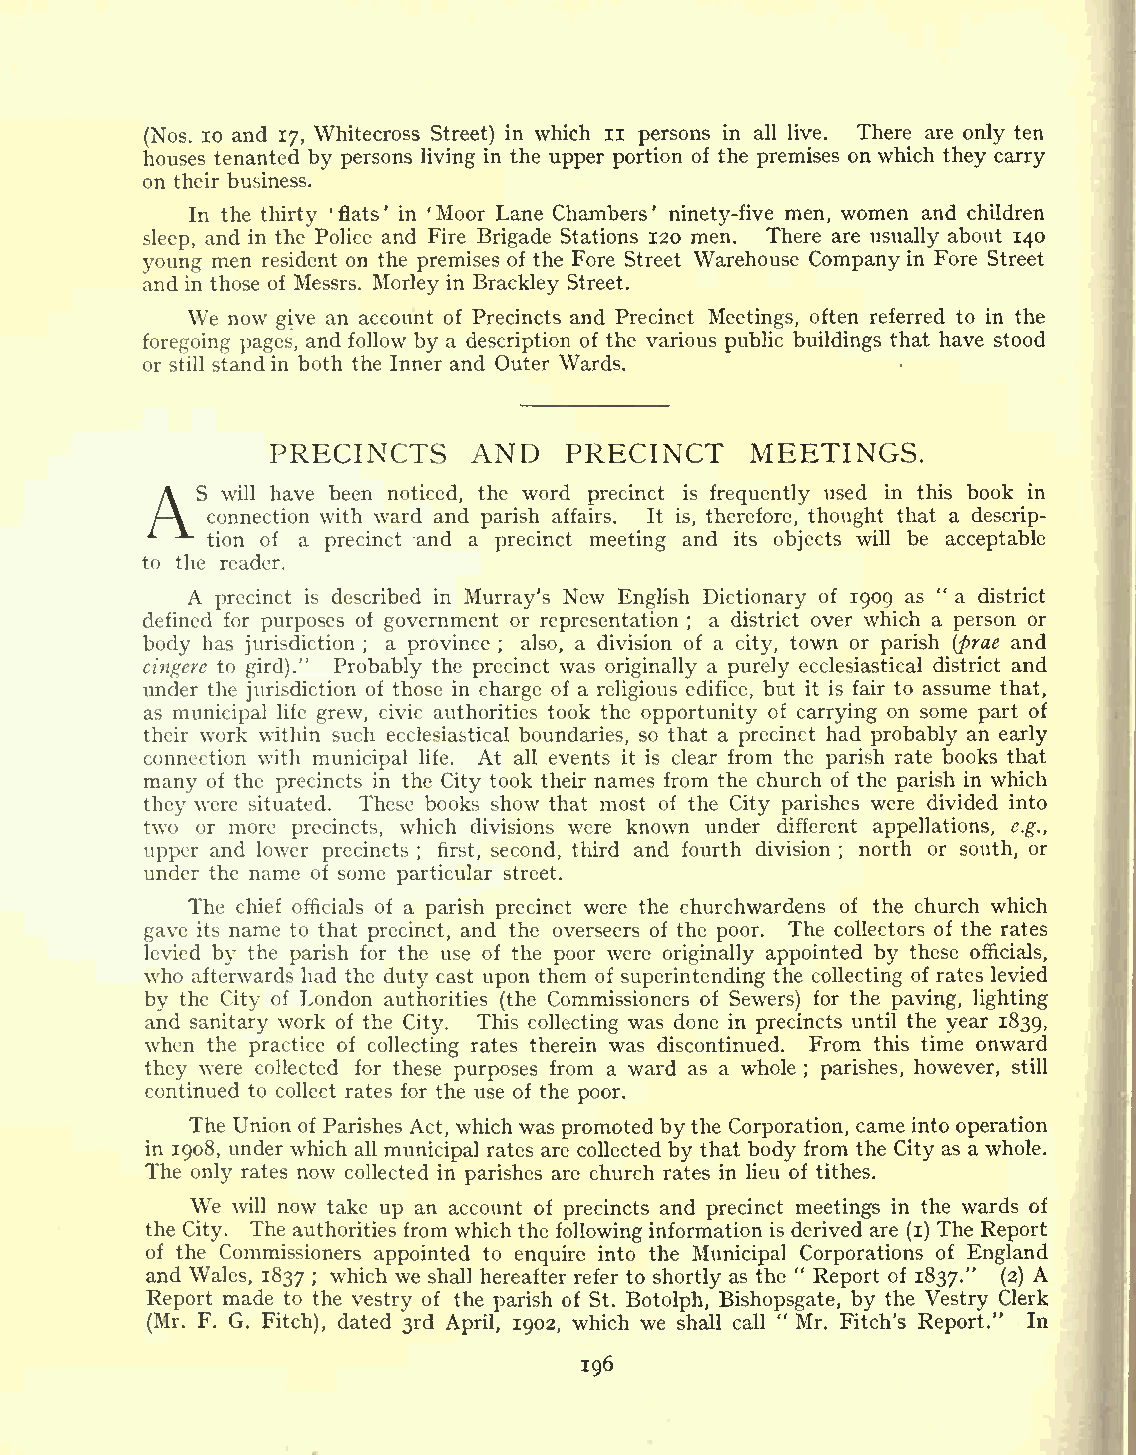
n
 (Nos. 10 and 17, Whitecross Street) in which persons in all live. There are only ten
 houses tenanted by persons living in the upper portion of the premises on which they carry
 on their business.
 In the thirty 'flats' in 'Moor Lane Chambers' ninety-five men, women and children
 sleep, and in the Police and Fire Brigade Stations 120 men. There are usually about 140
 young men resident on the premises of the Fore Street Warehouse Company in Fore Street
 and in those of Messrs. Morley in Brackley Street.
 We now give an account of Precincts and Precinct Meetings, often referred to in the
 foregoing pages, and follow by a description of the various public buildings that have stood
 or still stand in both the Inner and Outer Wards.
 PRECINCTS    AND   PRECINCT     MEETINGS.
 AS   will have been noticed, the word precinct is frequently used in this book in
 connection with ward and parish affairs. It is, therefore, thought that a descrip-
 tion of a precinct and a precinct meeting and its objects will be acceptable
 to the reader.
 A precinct is described in Murray's New English Dictionary of 1909 as " a district
 defined for purposes of government or representation a district over which a person or
 ;
 body has jurisdiction ; a province ; also, a division of a city, town or parish (prae and
 cingere to gird)." Probably the precinct was originally a purely ecclesiastical district and
 under the jurisdiction of those in charge of a religious edifice, but it is fair to assume that,
 as municipal life grew, civic authorities took the opportunity of carrying on some part of
 their work within such ecclesiastical boundaries, so that a precinct had probably an early
 connection with municipal life. At all events it is clear from the parish rate books that
 many of the precincts in the City took their names from the church of the parish in which
 they were situated. These books show that most of the City parishes were divided into
 two or more precincts, which divisions were known under different appellations, e.g.,
 upper and lower precincts ; first, second, third and fourth division ; north or south, or
 under the name of some particular street.
 The chief officials of a parish precinct were the churchwardens of the church which
 gave its name to that precinct, and the overseers of the poor. The collectors of the rates
 levied by the parish for the use of the poor were originally appointed by these officials,
 who afterwards had the duty cast upon them of superintending the collecting of rates levied
 by the City of London authorities (the Commissioners of Sewers) for the paving, lighting
 and sanitary work of the City. This collecting was done in precincts until the year 1839,
 when the practice of collecting rates therein was discontinued. From this time onward
 they were collected for these purposes from a ward as a whole ; parishes, however, still
 continued to collect rates for the use of the poor.
 The Union of Parishes Act, whichwas promoted by the Corporation, came into operation
 in 1908, under which all municipal rates are collected by that body from the City as a whole.
 The only rates now collected in parishes are church rates in lieu of tithes.
 We will now take up an account of precincts and precinct meetings in the wards of
 the City. The authorities from which the following information is derived are (i) The Report
 of the Commissioners appointed to enquire into the Municipal Corporations of England
 and Wales, 1837 ; which we shall hereafter refer to shortly as the " Report of 1837." (2) A
 Report made to the vestry of the parish of St. Botolph, Bishopsgate, by the Vestry Clerk
 "
 (Mr. F. G. Fitch), dated 3rd April, 1902, which we shall call Mr. Fitch's Report." In
 196